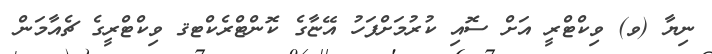
ނިޔާ (ވ) ވިކްޓްރީ އަށް ސޮއި ކުރުމަށްފަހު އޭޏާގެ ކޮންޓްރެކްޓޤ ވިކްޓްރީގެ ޗެއާމަން